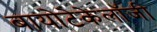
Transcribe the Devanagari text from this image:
बायोटेकेलॉजी